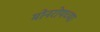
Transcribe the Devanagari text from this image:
मोनरोयच्या